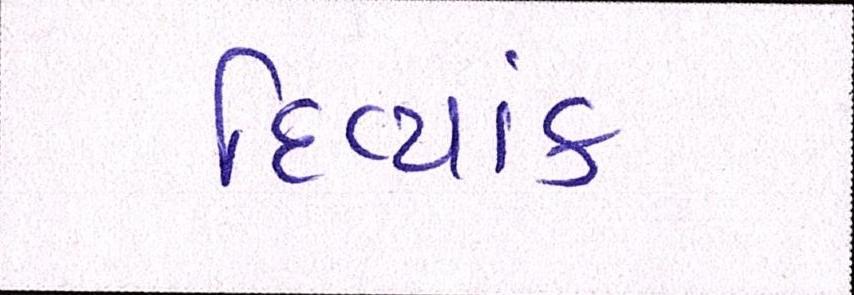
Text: દિવ્યાંક